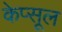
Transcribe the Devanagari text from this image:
केप्सूल